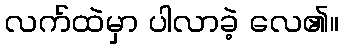
လက်ထဲမှာ ပါလာခဲ့ လေ၏။